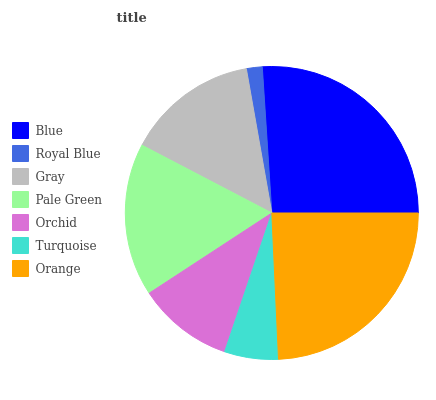
| Blue | Royal Blue | Gray | Pale Green | Orchid | Turquoise | Orange |
 | --- | --- | --- | --- | --- | --- | --- |
 | 26.1% | 1.75% | 14.6% | 16.9% | 10.6% | 5.94% | 24.2% |